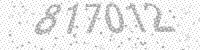
Solution: 817012